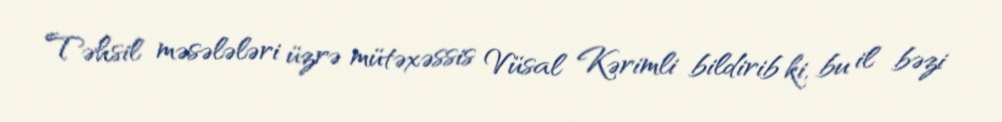
Təhsil məsələləri üzrə mütəxəssis Vüsal Kərimli bildirib ki, bu il bəzi